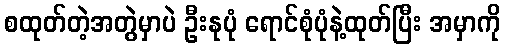
စထုတ်တဲ့အတွဲမှာပဲ ဦးနုပုံ ရောင်စုံပုံနဲ့ထုတ်ပြီး အမှာကို